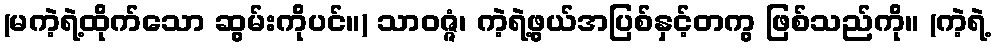
(မကဲ့ရဲ့ထိုက်သော ဆွမ်းကိုပင်။) သာဝဇ္ဇံ၊ ကဲ့ရဲ့ဖွယ်အပြစ်နှင့်တကွ ဖြစ်သည်ကို။ (ကဲ့ရဲ့